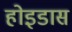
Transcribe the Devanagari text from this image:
होइडास